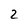
Character: 2